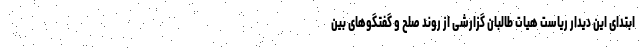
ابتدای این دیدار ریاست هیات طالبان گزارشی از روند صلح و گفتگوهای بین